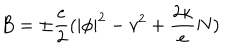
LaTeX: B = \pm \frac e 2 ( | \phi | ^ { 2 } - v ^ { 2 } + \frac { 2 \kappa } e N )